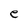
Character: e